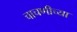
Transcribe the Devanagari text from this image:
चाचणीच्या